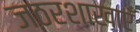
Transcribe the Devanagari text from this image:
जठरशाखाएँ